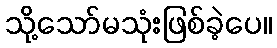
သို့သော်မသုံးဖြစ်ခဲ့ပေ။